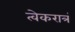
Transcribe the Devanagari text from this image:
त्वेकरात्रं